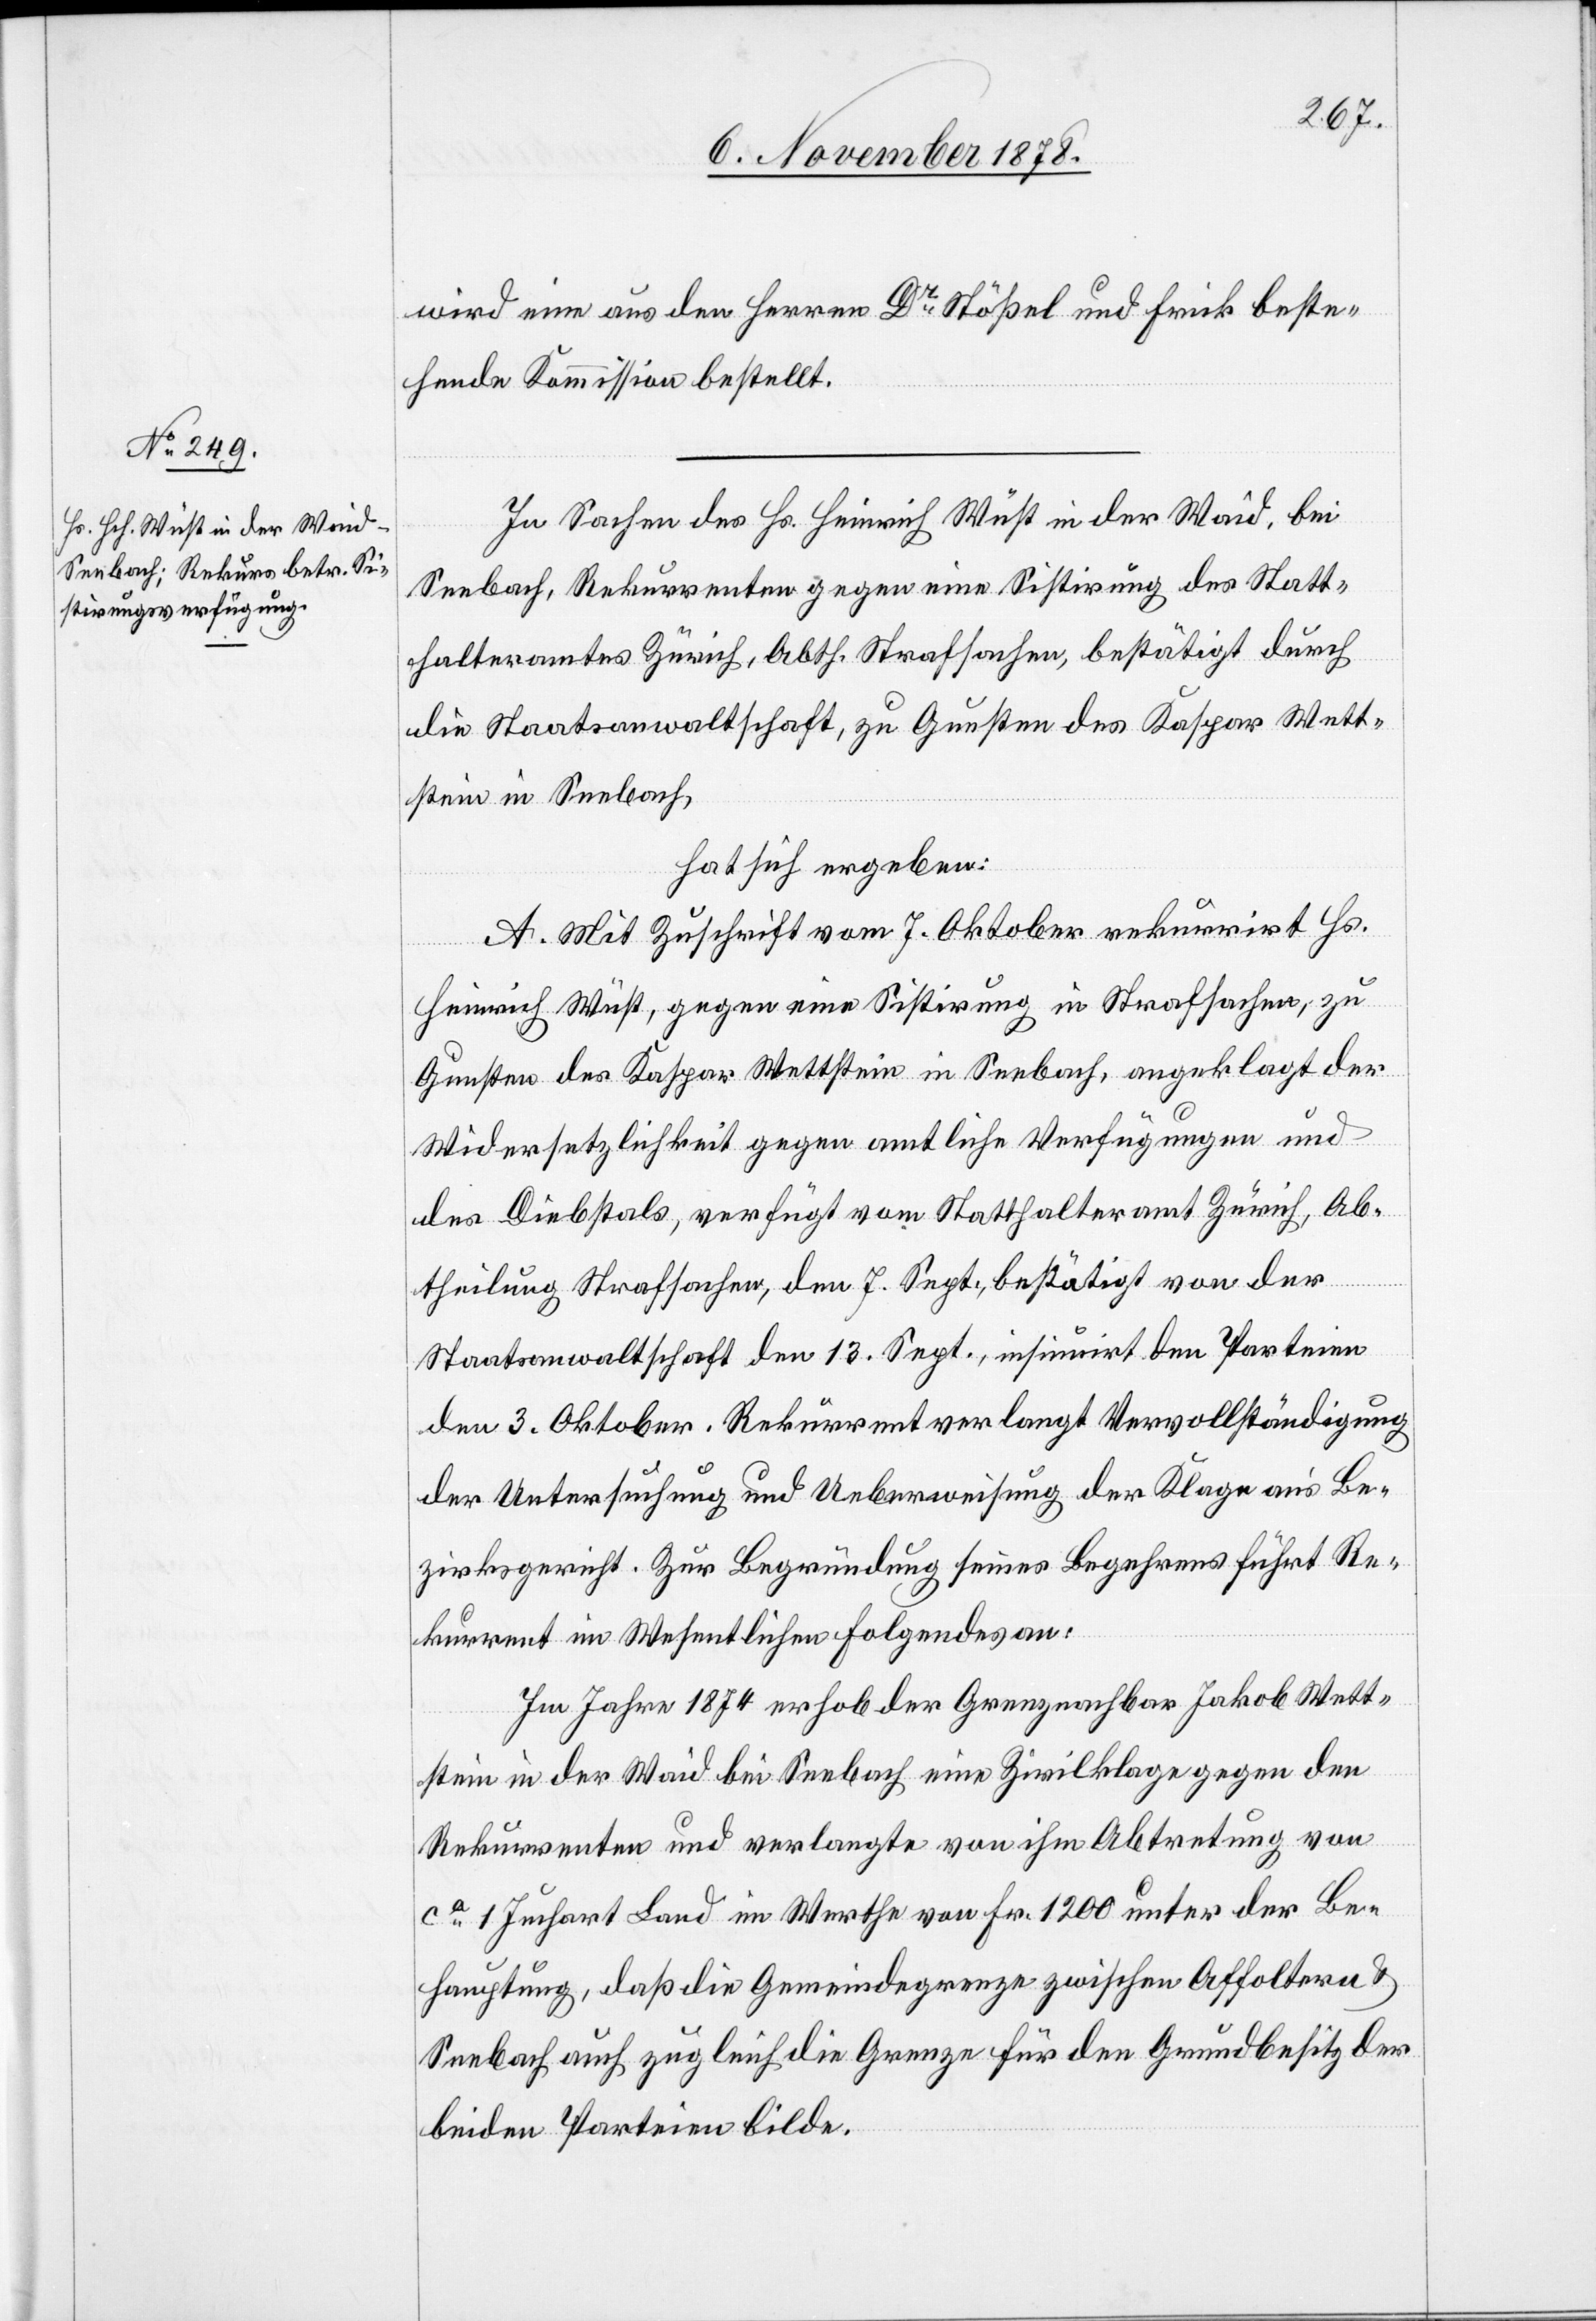
wird eine aus den Herren Dr Stößel und Frick beste¬
hende Kommission bestellt.
In Sachen des Hs. Heinrich Wüst in der Waid, bei
Seebach, Rekurrenten gegen eine Sistirung des Statt¬
halteramtes Zürich, Abth. Strafsachen, bestätigt durch
die Staatsanwaltschaft, zu Gunsten des Kaspar Wett¬
stein in Seebach,
hat sich ergeben:
A. Mit Zuschrift vom 7. Oktober rekurrirt Hs.
Heinrich Wüst, gegen eine Sistirung in Strafsachen, zu
Gunsten des Kaspar Wettstein in Seebach, angeklagt der
Widersetzlichkeit gegen amtliche Verfügungen und
des Diebstals, verfügt vom Statthalteramt Zürich, Ab¬
theilung Strafsachen, den 7. Sept., bestätigt von der
Staatsanwaltschaft den 13. Sept., insinuirt den Parteien
den 3. Oktober. Rekurrent verlangt Vervollständigung
der Untersuchung und Ueberweisung der Klage an’s Be¬
zirksgericht. Zur Begründung seines Begehrens führt Re¬
kurrent im Wesentlichen Folgendes an:
Im Jahre 1874 erhob der Grenznachbar Jakob Wett¬
stein in der Waid bei Seebach eine Zivilklage gegen den
Rekurrenten und verlangte von ihm Abtretung von
ca 1 Juchart Land im Werthe von Fr. 1200 unter der Be¬
hauptung, daß die Gemeindegrenze zwischen Affoltern &
Seebach auch zugleich die Grenze für den Grundbesitz der
beiden Parteien bilde.